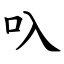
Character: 叺